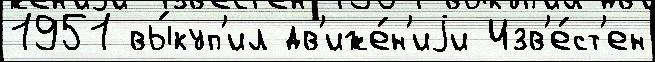
1951 вы́куп'ил дв'иже́н'иjи Изв'е́ст'ен